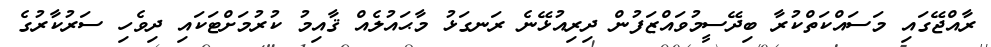
ރާއްޖޭގައި މަސައްކަތްކުރާ ބިދޭސީމުވައްޒަފުން ދިރިއުޅޭނެ ރަނގަޅު މާޙައުލެއް ޤާއިމު ކުރުމަށްޓަކައި ދިވެހި ސަރުކާރުގެ